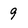
Character: 9